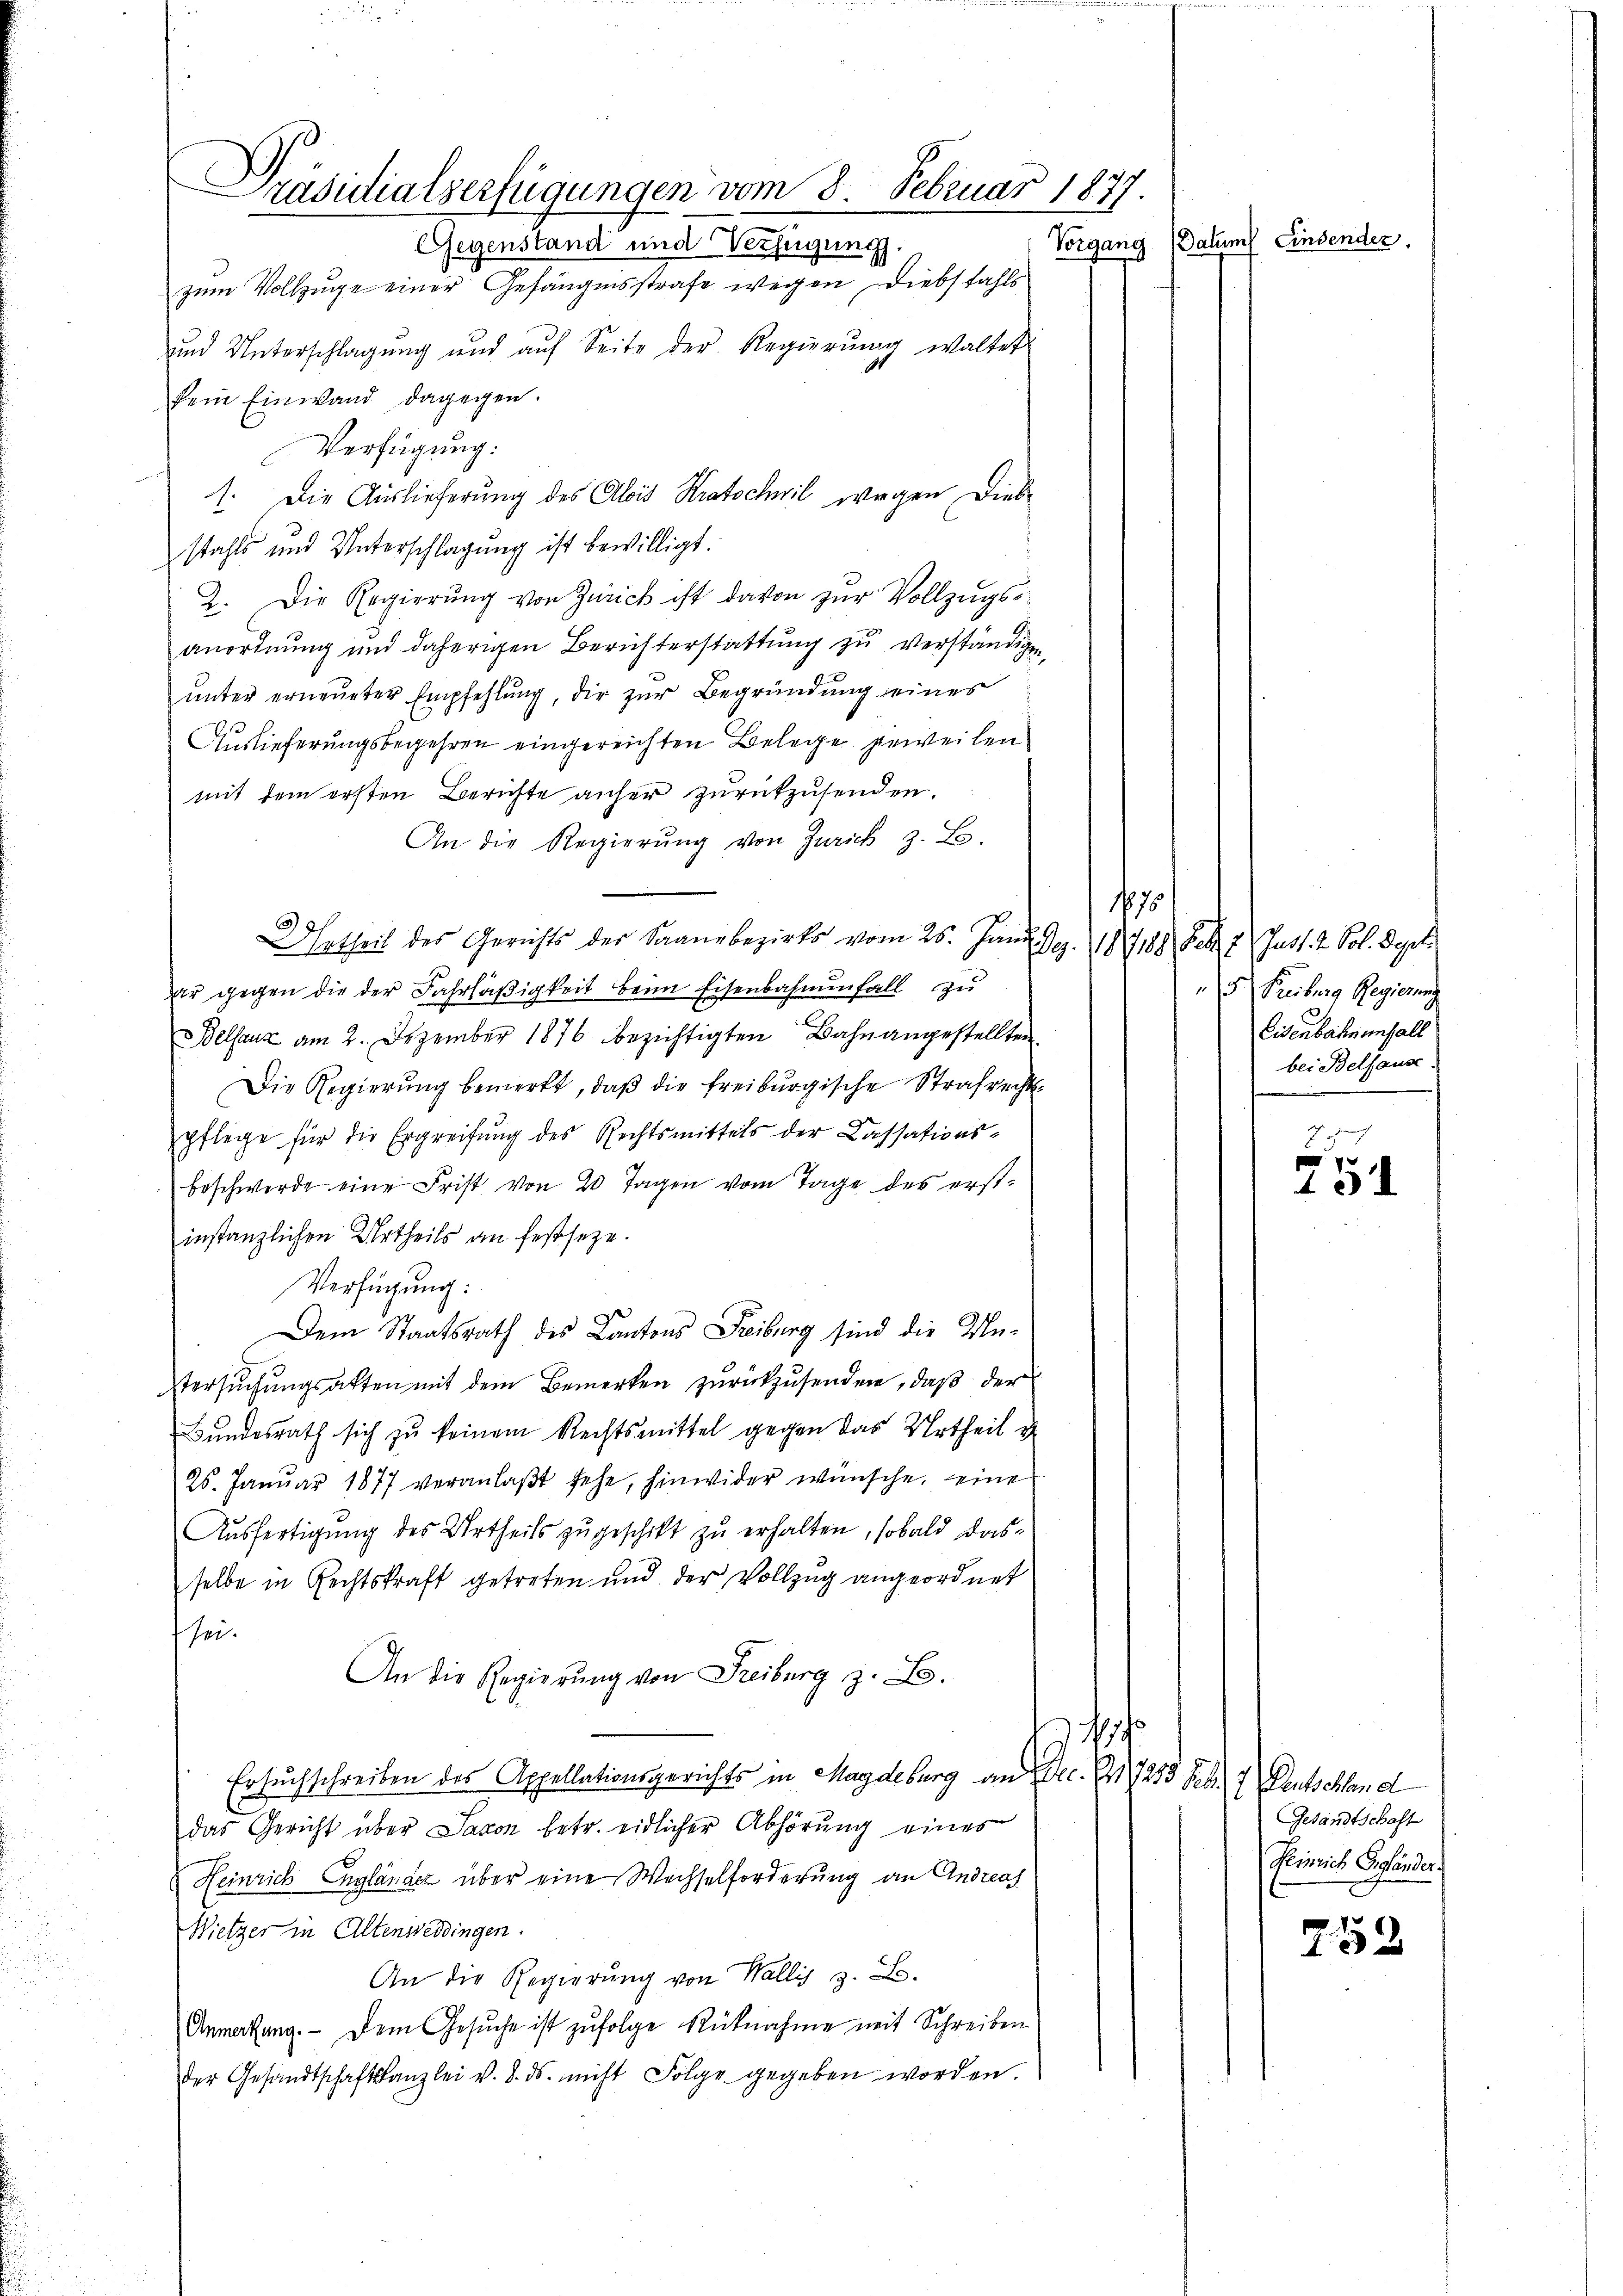
Präsutialverfügungen vom 8. Februar 1877.
Gegenstand und Verfügung.

zum Vollzuge einer Gefängnisstrafe wegen, Diebstahls
und Unterschlagung und auf Seite der Regierung waltet
kein Einwand dagegen.
Verfügung.
1. Die Auslieferung des Alois Kratschwil wegen Diebstahls und Unterschlagung ist bewilligt.
2. Die Regierung von Zürich ist davon zur Vollzugsanordnung und daherigen Berichterstattung zu verständigen.
unter erneunter Empfehlung, die zur Begründung eines
Auslieferungsbegehren eingereichten Belege geweilen
mit dem ersten Berichte anher zurückzusenden.
An die Regierung von Zürich z. B.
Uhrtheil des Gerichts der Saanebezirks vom 25. Jan. Dez. 1888 Febr. 1. Just. 2. Sol. Deputi
ar gegen die der Fahrläßigkeit beim Eisenbahnenfall zu
Belsauz am 2. Dezember 1876 bezichtigten Bahnangestellten
Die Regierŭng bemerkt, daβ die freiburgische Strafrechtspflege für die Ergreifung des Rechtsmittels der Cassationsbeschwerde eine Frist von 20 Tagen vom Tage des erst-
instanzlichen Urtheils an festsetze.
Verfügung:
Dem Staatsrath des Kantons Freiburg sind die Untersuchungsakten mit dem Bemerken zurückzusenden, daß der
Bundesrath sich zu keinem Rechtsmittel gegen das Urtheil d
26. Januar 1877 veranlaβt sehe, hinwider wünsche, eine
Ausfertigung des Urtheils zugeschikt zu erhalten, sobald dasselbe in Rechtskraft getreten und der Vollzug angeordnet
sei¬
An die Regierung von Freiburg z. B.
h
Ersuchschreiben des Appellationsgerichts in Magdeburg an Dec. No 7253 Frk. 7 Deutschland
das Gericht über Saxon betr. eidlicher Abhörung eines
Heinrich Engländer über eine Wechselforderung an Andreas
Wietzer in Altenweddingen.
An die Regierung von Wallis z. B.
Anmerkung. Dem Gesŭche ist zŭfolge Rücknahme mit Schreiben
der Gesandtschaftskanzlei v. 8. ds. nicht Folge gegeben worden.

Vorgang (Datums Einsender.

175

5. Freiburg Regierung
Eisenbahn enfall
bei Belfause

27
1
1

Gesandtschaft
Heinrich Gefänder.

759